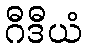
ဂီဒီယံ